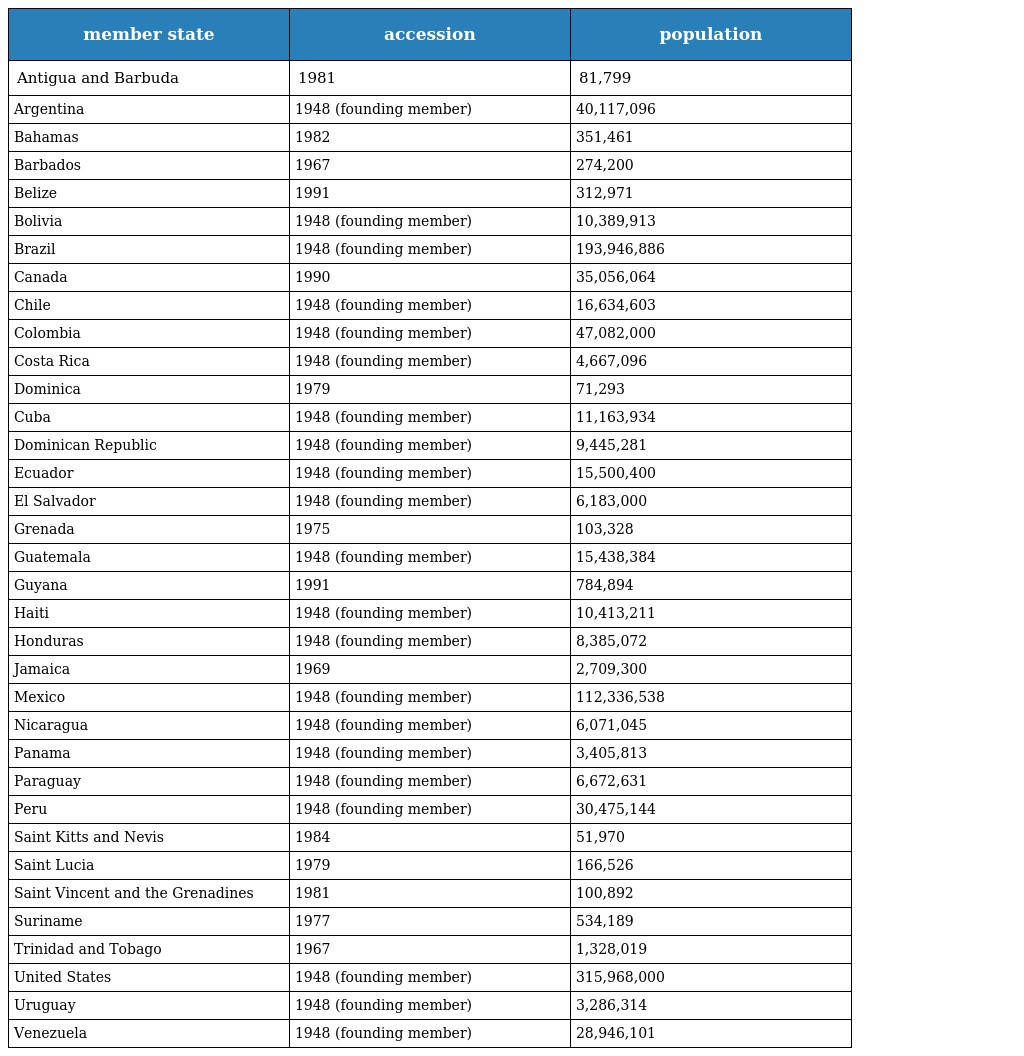
| member state | accession | population |
 | --- | --- | --- |
 | Antigua and Barbuda | 1981 | 81,799 |
 | Argentina | 1948 (founding member) | 40,117,096 |
 | Bahamas | 1982 | 351,461 |
 | Barbados | 1967 | 274,200 |
 | Belize | 1991 | 312,971 |
 | Bolivia | 1948 (founding member) | 10,389,913 |
 | Brazil | 1948 (founding member) | 193,946,886 |
 | Canada | 1990 | 35,056,064 |
 | Chile | 1948 (founding member) | 16,634,603 |
 | Colombia | 1948 (founding member) | 47,082,000 |
 | Costa Rica | 1948 (founding member) | 4,667,096 |
 | Dominica | 1979 | 71,293 |
 | Cuba | 1948 (founding member) | 11,163,934 |
 | Dominican Republic | 1948 (founding member) | 9,445,281 |
 | Ecuador | 1948 (founding member) | 15,500,400 |
 | El Salvador | 1948 (founding member) | 6,183,000 |
 | Grenada | 1975 | 103,328 |
 | Guatemala | 1948 (founding member) | 15,438,384 |
 | Guyana | 1991 | 784,894 |
 | Haiti | 1948 (founding member) | 10,413,211 |
 | Honduras | 1948 (founding member) | 8,385,072 |
 | Jamaica | 1969 | 2,709,300 |
 | Mexico | 1948 (founding member) | 112,336,538 |
 | Nicaragua | 1948 (founding member) | 6,071,045 |
 | Panama | 1948 (founding member) | 3,405,813 |
 | Paraguay | 1948 (founding member) | 6,672,631 |
 | Peru | 1948 (founding member) | 30,475,144 |
 | Saint Kitts and Nevis | 1984 | 51,970 |
 | Saint Lucia | 1979 | 166,526 |
 | Saint Vincent and the Grenadines | 1981 | 100,892 |
 | Suriname | 1977 | 534,189 |
 | Trinidad and Tobago | 1967 | 1,328,019 |
 | United States | 1948 (founding member) | 315,968,000 |
 | Uruguay | 1948 (founding member) | 3,286,314 |
 | Venezuela | 1948 (founding member) | 28,946,101 |